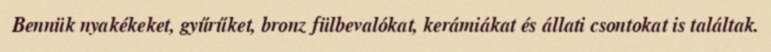
Bennük nyakékeket, gyűrűket, bronz fülbevalókat, kerámiákat és állati csontokat is találtak.